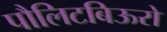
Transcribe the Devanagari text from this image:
पौलिटबिऊरो